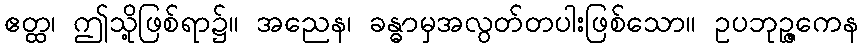
ဧတ္ထ၊ ဤသို့ဖြစ်ရာ၌။ အညေန၊ ခန္ဓာမှအလွတ်တပါးဖြစ်သော။ ဥပဘုဉ္ဇကေန